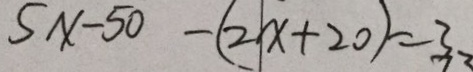
5 x - 5 0 - ( 2 x + 2 0 ) = 3